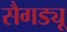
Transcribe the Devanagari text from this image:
सैगड्यू